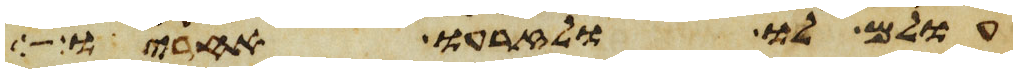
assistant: עולם לו ולזרעו אחריו